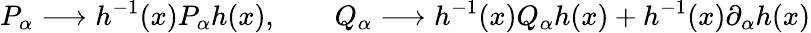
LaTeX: P_{\alpha}\longrightarrow h^{-1}(x)P_{\alpha}h(x),\qquad Q_{\alpha}\longrightarrow h^{-1}(x)Q_{\alpha}h(x)+h^{-1}(x)\partial_{\alpha}h(x)